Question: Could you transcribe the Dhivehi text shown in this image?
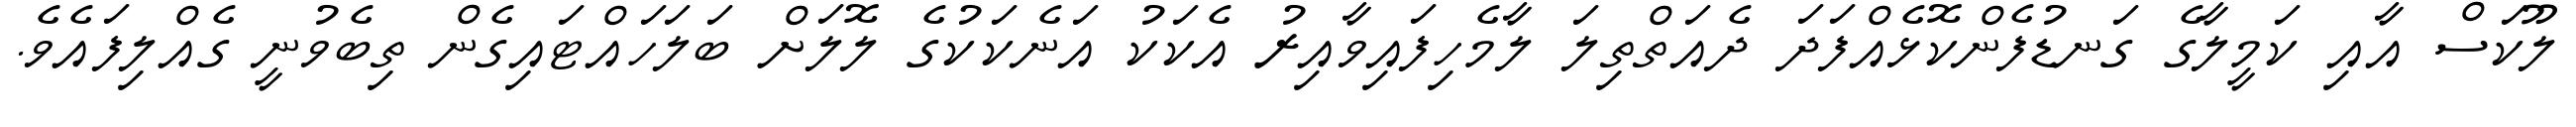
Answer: ލޫކަސް އާއި ކަމީލާގެ ގަނޑުފެންކޮޅެއްފަދަ ދެއަތްތިލަ ލާމެހިފައިވާއިރު އެކަކު އަނެކަކުގެ ލޮލަށް ބަލަހައްޓައިގެން ތިބެވުނީ ގެއްލިފައެވެ.